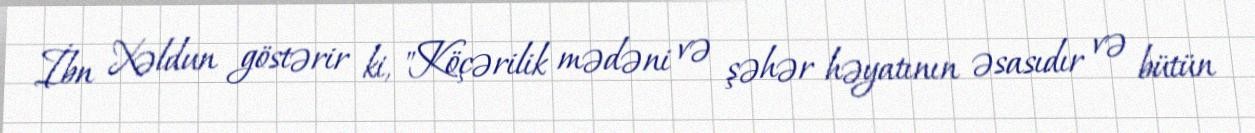
İbn Xəldun göstərir ki, "Köçərilik mədəni və şəhər həyatının əsasıdır və bütün